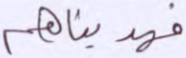
فهديناهم